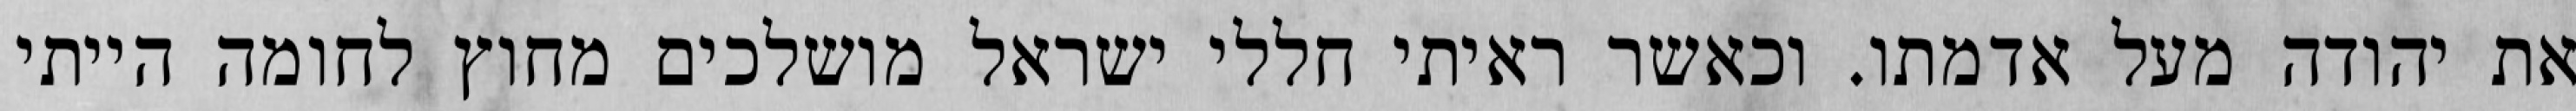
את יהודה מעל אדמתו. וכאשר ראיתי חללי ישראל מושלכים מחוץ לחומה הייתי